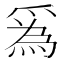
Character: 𤔡